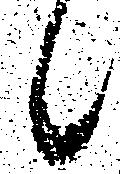
候